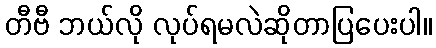
တီဗီ ဘယ်လို လုပ်ရမလဲဆိုတာပြပေးပါ။